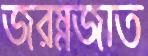
জরম্নজাত